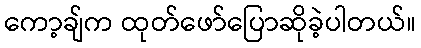
ကော့ချ်က ထုတ်ဖော်ပြောဆိုခဲ့ပါတယ်။